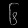
Digit: ၆